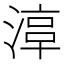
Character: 𣹾